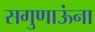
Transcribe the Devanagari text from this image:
सगुणाऊंना